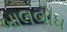
બાલબોધ